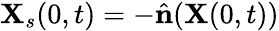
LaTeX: \mathbf{X}_{s}(0,t)=-\hat{\mathbf{n}}(\mathbf{X}(0,t))